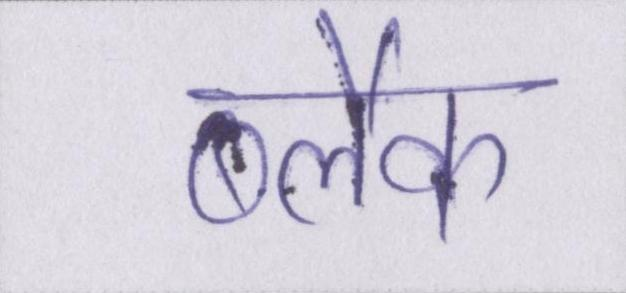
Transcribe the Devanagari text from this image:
ब्लैक